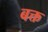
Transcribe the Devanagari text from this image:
बक्त